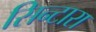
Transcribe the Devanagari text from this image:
सिन्टारा